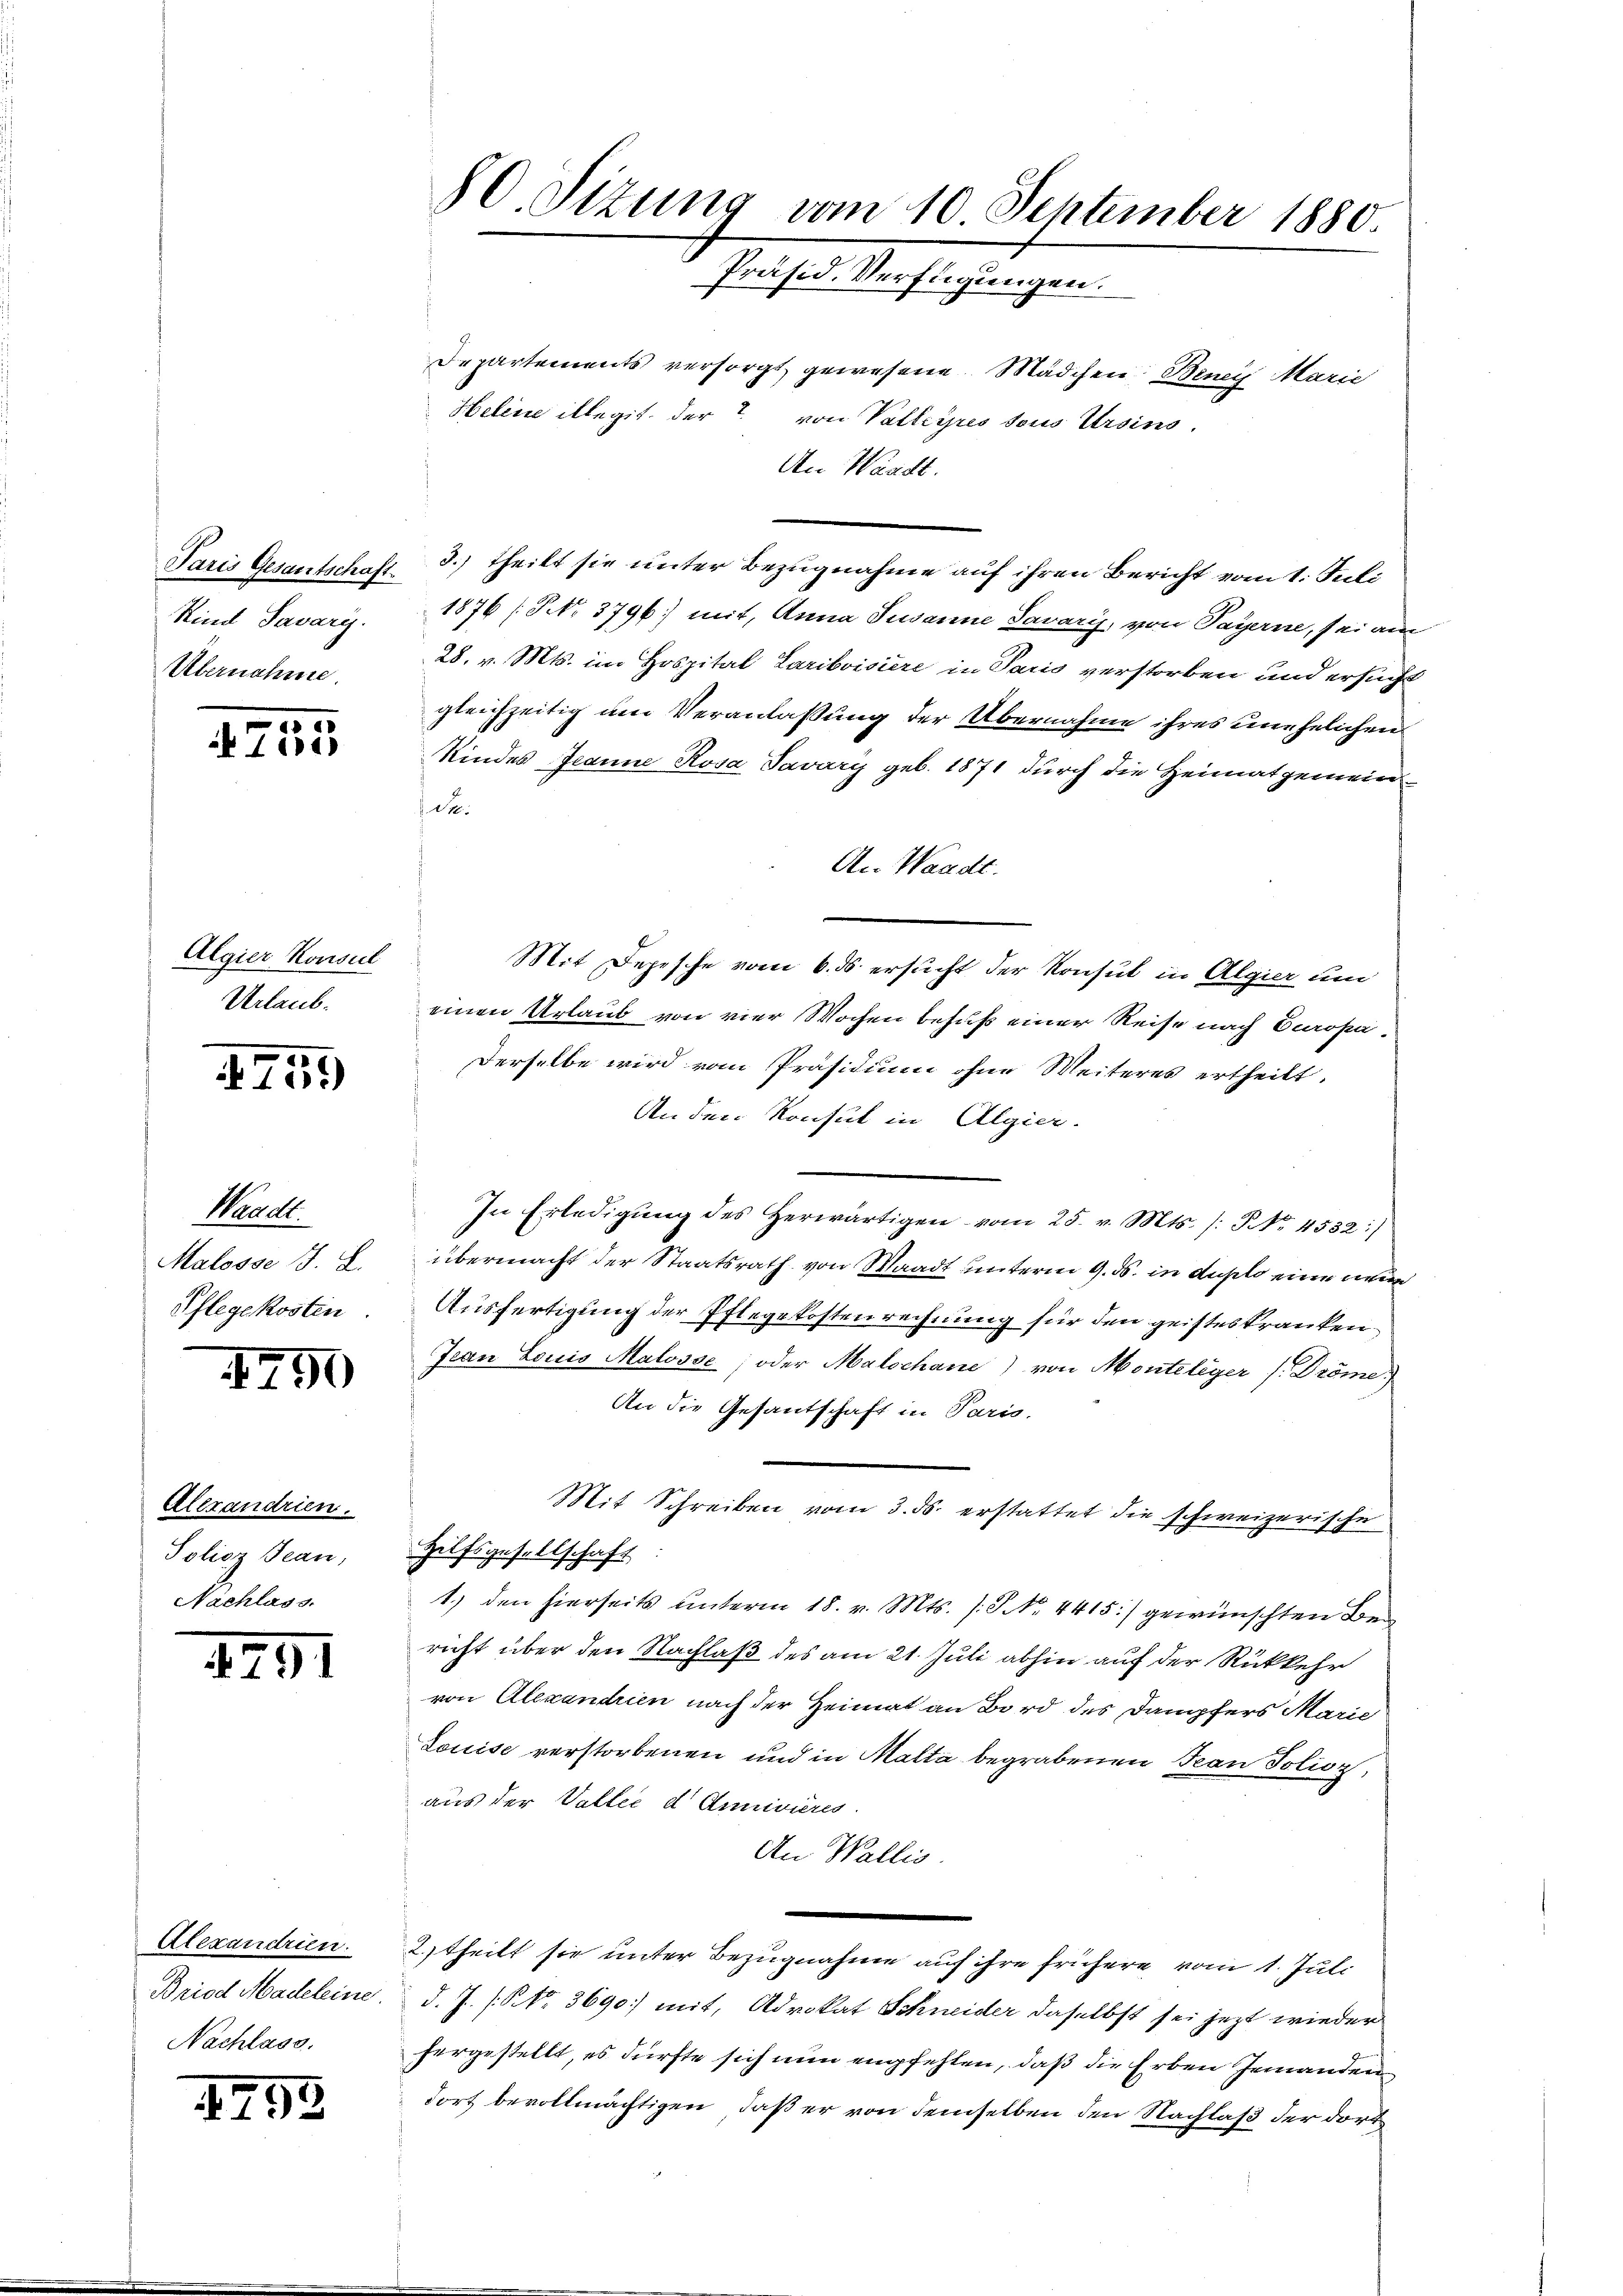
Paris Gesantschaft.
Kind Savary.
Übernahme

1
i 11015

Algier Konsul
Urlaub.

4759)

Waadt.
Malosse J. L.
Pflegekosten

1790

Alexandrien.
Policz Jean,
Nachlass.

1291

Alexandrien.
Briod Madeleine
Nachlass.

1793

80. Sizung vom 10 September 1880.
Präsid. Verfügungen.

Departements versorgt gewesene Mädchen Benei Marie
Helene illegit der von Valleyres sous Ursins,
An Waadt.
3.) theilt sie unter Bezugnahme auf ihren Bericht vom 1. Juli
1876 (NNo. 3796) mit, Anna Susanne Savary, von Payerne, sei am
28. v. Mts. im Hospital Lariboisiere in Paris verstorben und ersucht
gleichzeitig um Veranlassung der Übernahme ihres unehelichen
Kindes Jeanne Rosa Javáry geb. 1871 durch die Heimatgemeine.
An Waadt.
Mit Depesche vom 6. ds ersucht der Konsul in Algier um
einen Urlaub von vier Wochen behuf einer Reise nach Europa¬
Derselbe wird vom Präsidium ohne Weiteres ertheilt.
An den Konsul in Algier.
In Erledigung des herwärtigen vom 25. v. Mts. /: NNo. 4532 :/
übermacht der Staatsrath von Waadt unterm 9. ds. in duplo eine neue
Ausfertigung der Pflegekosten rechnung für den geisteskranken.
Jean Louis Malosse; oder Malschane) von Monteliger (Dröme:
An die Gesantschaft in Paris,
Mit Schreiben vom 3. ds. erstattet die schweizerische
Hilfsgesellschaft
1.) den hierseits unterm 18. v. Mts. (S. 4415) gewünschten Bericht über den Nachlaß des am 21. Juli abhin auf der Rückkehr
von Alexandrien nach der Heimat an Bord des Dampfers Marie
Louise verstorbenen und in Malta begrabenen Tean Polion
aus der Valter d Annivières
An Wallis.
2 theilt sie unter Bezugnahme auf ihre frühere vom 1. Juli
d. J. (S. 3690) mit, Advokat Schneider daselbst sei jetzt wieder
hergestellt, es dürfte sich nun empfehlen, daß die Erben Jemanden
dort bevollmächtigen, daß er von demselben den Nachlaß der dort